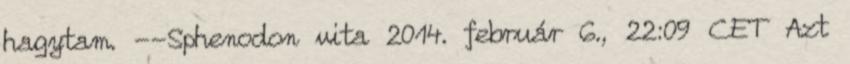
hagytam. --Sphenodon vita 2014. február 6., 22:09 CET Azt